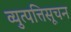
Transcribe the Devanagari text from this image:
व्युत्पत्तिसूचन